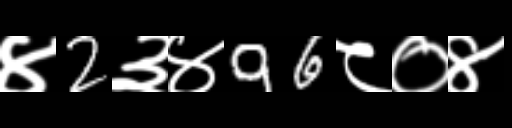
Text: ४2३४96८०४